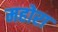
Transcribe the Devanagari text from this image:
महोरा